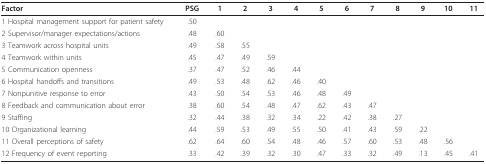
<table><thead><tr><td><b>Factor</b></td><td><b>PSG</b></td><td><b>1</b></td><td><b>2</b></td><td><b>3</b></td><td><b>4</b></td><td><b>5</b></td><td><b>6</b></td><td><b>7</b></td><td><b>8</b></td><td><b>9</b></td><td><b>10</b></td><td><b>11</b></td></tr></thead><tbody><tr><td>1 Hospital management support for patient safety</td><td>.50</td><td></td><td></td><td></td><td></td><td></td><td></td><td></td><td></td><td></td><td></td><td></td></tr><tr><td>2 Supervisor/manager expectations/actions</td><td>.48</td><td>.60</td><td></td><td></td><td></td><td></td><td></td><td></td><td></td><td></td><td></td><td></td></tr><tr><td>3 Teamwork across hospital units</td><td>.49</td><td>.58</td><td>.55</td><td></td><td></td><td></td><td></td><td></td><td></td><td></td><td></td><td></td></tr><tr><td>4 Teamwork within units</td><td>.45</td><td>.47</td><td>.49</td><td>.59</td><td></td><td></td><td></td><td></td><td></td><td></td><td></td><td></td></tr><tr><td>5 Communication openness</td><td>.37</td><td>.47</td><td>.52</td><td>.46</td><td>.44</td><td></td><td></td><td></td><td></td><td></td><td></td><td></td></tr><tr><td>6 Hospital handoffs and transitions</td><td>.49</td><td>.53</td><td>.48</td><td>.62</td><td>.46</td><td>.40</td><td></td><td></td><td></td><td></td><td></td><td></td></tr><tr><td>7 Nonpunitive response to error</td><td>.43</td><td>.50</td><td>.54</td><td>.53</td><td>.46</td><td>.48</td><td>.49</td><td></td><td></td><td></td><td></td><td></td></tr><tr><td>8 Feedback and communication about error</td><td>.38</td><td>.60</td><td>.54</td><td>.48</td><td>.47</td><td>.62</td><td>.43</td><td>.47</td><td></td><td></td><td></td><td></td></tr><tr><td>9 Staffing</td><td>.32</td><td>.44</td><td>.38</td><td>.32</td><td>.34</td><td>.22</td><td>.42</td><td>.38</td><td>.27</td><td></td><td></td><td></td></tr><tr><td>10 Organizational learning</td><td>.44</td><td>.59</td><td>.53</td><td>.49</td><td>.55</td><td>.50</td><td>.41</td><td>.43</td><td>.59</td><td>.22</td><td></td><td></td></tr><tr><td>11 Overall perceptions of safety</td><td>.62</td><td>.64</td><td>.60</td><td>.54</td><td>.48</td><td>.46</td><td>.57</td><td>.60</td><td>.53</td><td>.48</td><td>.56</td><td></td></tr><tr><td>12 Frequency of event reporting</td><td>.33</td><td>.42</td><td>.39</td><td>.32</td><td>.30</td><td>.47</td><td>.33</td><td>.32</td><td>.49</td><td>.13</td><td>.45</td><td>.41</td></tr></tbody></table>